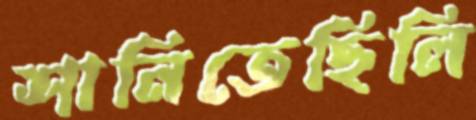
শানিতেছিলি